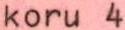
koru 4